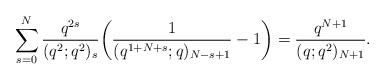
LaTeX: \begin{align*}\sum_{s=0}^N \frac{q^{2s}}{(q^2;q^2)_s} \bigg(\frac{1}{(q^{1+N+s};q)_{N-s+1}}-1\bigg)=\frac{q^{N+1}}{(q;q^2)_{N+1}}. \end{align*}